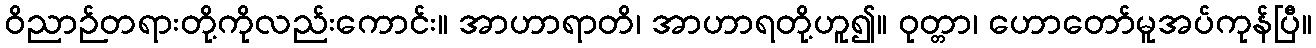
ဝိညာဉ်တရားတို့ကိုလည်းကောင်း။ အာဟာရာတိ၊ အာဟာရတို့ဟူ၍။ ဝုတ္တာ၊ ဟောတော်မူအပ်ကုန်ပြီ။